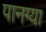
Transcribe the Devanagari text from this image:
पानग्या